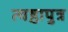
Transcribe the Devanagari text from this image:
त्वष्ठापुत्र